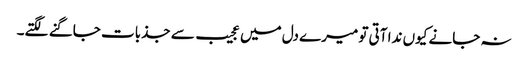
نہ جانے کیوں ندا آتی تو میرے دل میں عجیب سے جذبات جاگنے لگتے۔